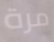
مرة